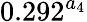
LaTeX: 0.292^{a_{4}}